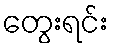
တွေးရင်း